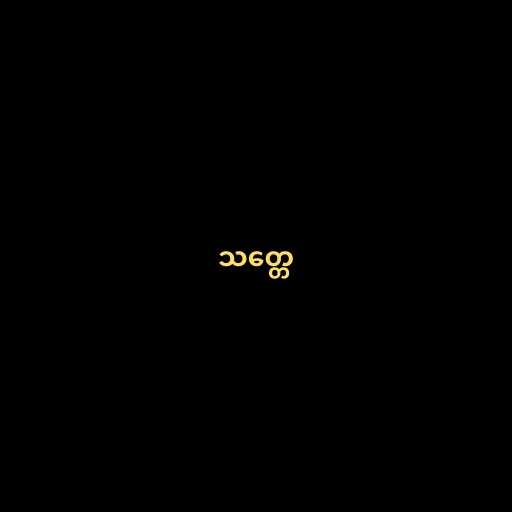
သတ္တေ